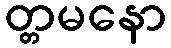
တ္တမနော